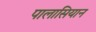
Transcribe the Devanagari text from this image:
पालासियान